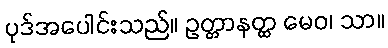
ပုဒ်အပေါင်းသည်။ ဥတ္တာနတ္ထ မေဝ၊ သာ။